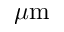
\mu \mathrm { m }